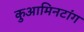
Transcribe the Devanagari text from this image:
कुआमिनटांग